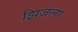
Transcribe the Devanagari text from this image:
झिजला